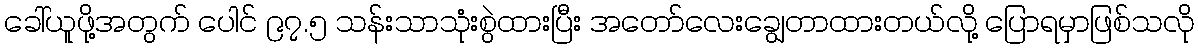
ခေါ်ယူဖို့အတွက် ပေါင် ၉၇.၅ သန်းသာသုံးစွဲထားပြီး အတော်လေးချွေတာထားတယ်လို့ ပြောရမှာဖြစ်သလို